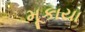
મૂકાયા